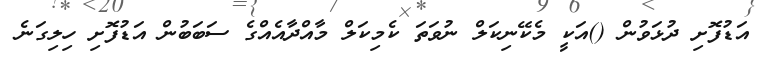
އަޑުފޮށި ދުޅަވުން ()އަކީ މެކޭނިކަލް ނުވަތަ ކެމިކަލް މާއްދާއެއްގެ ސަބަބުން އަޑުފޮށި ހިލިގަނެ